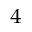
_ 4